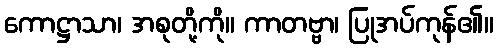
ကောဋ္ဌာသာ၊ အစုတို့ကို။ ကာတဗ္ဗာ၊ ပြုအပ်ကုန်၏။